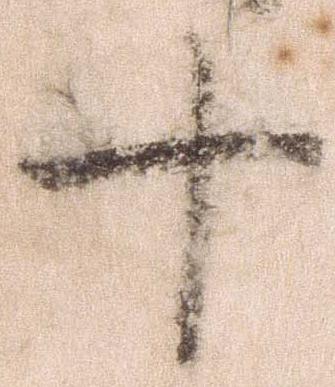
十